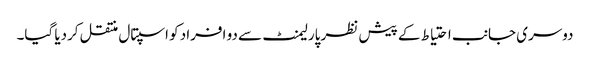
دوسری جانب احتیاط کے پیش نظر پارلیمنٹ سے دو افراد کو اسپتال منتقل کردیا گیا۔